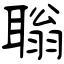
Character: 聬